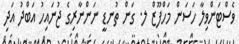
ވެސްޓަންވިލާ ހަސަން މަހްފޫޒް ލ. ގަން ތުނޑީ ނަންނާރިގެ ޖުނައިހު އަބްދު އަދި